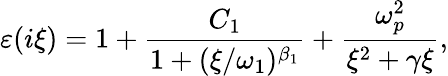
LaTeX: \varepsilon(i\xi)=1+\frac{C_{1}}{1+(\xi/\omega_{1})^{\beta_{1}}}+\frac{\omega_{p}^{2}}{\xi^{2}+\gamma\xi},